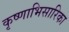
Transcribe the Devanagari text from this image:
कृष्णाभिसारिका